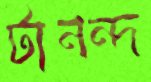
টানন্দ